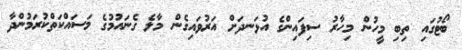
ބޯޓުގައި ތިބި މީހުން މިހާރު ސިފައިންގެ އުޅަނދަށް އަރުވައިގެން މާލެ ގެނައުމުގެ މަސައްކަތްކުރަމުންދާ